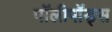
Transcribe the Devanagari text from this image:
पॉलीपॉड्स